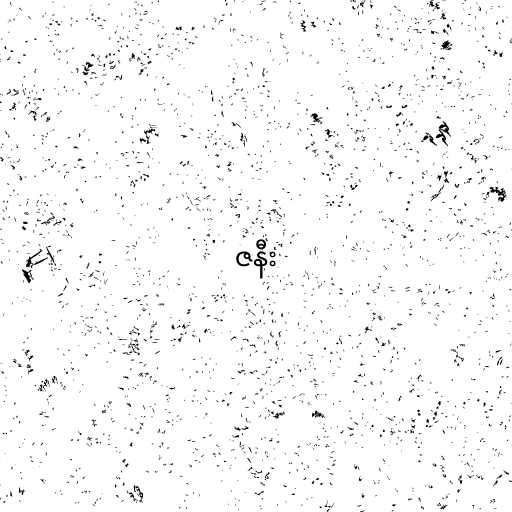
ဇနီး